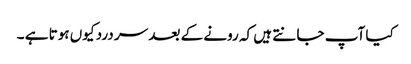
کیا آپ جا نتے ہیں کہ رونے کے بعد سر درد کیوں ہوتا ہے ۔